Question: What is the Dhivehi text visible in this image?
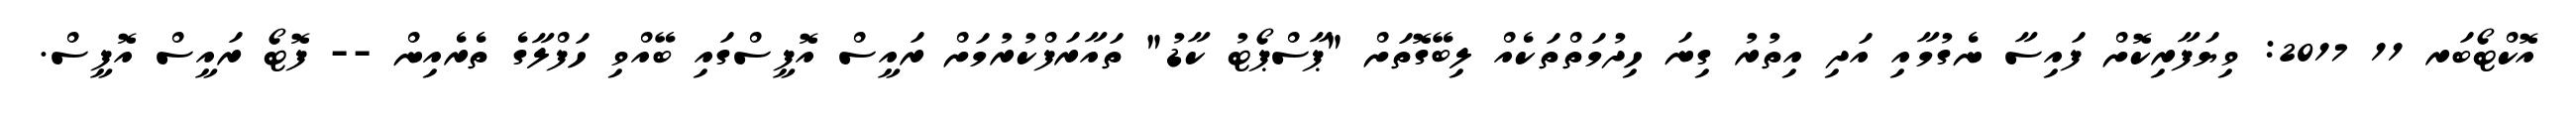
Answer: އޮކްޓޯބަރ 11 2017: ވިޔަފާރިކޮށް ފައިސާ ނެގުމާއި އަދި އިތުރު ގިނަ ހިދުމަތްތަކެއް ލިބޭގޮތަށް "ޕާސްޕޯޓު ކާޑު" ތައާރަފްކުރުމަށް ރައީސް އޮފީސްގައި ބޭއްވި ހަފްލާގެ ތެރެއިން -- ފޮޓޯ ރައީސް އޮފީސް.